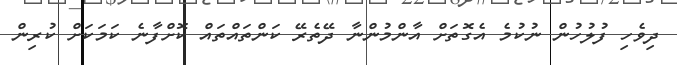
ދިވެހި ފުލުހުން ނުކުމެ އެގޮތަށް އާންމުންނާ ދޭތެރޭ ކަންތައްތައް ކޮށްފާނެ ކަމަކަށް ކުރިން